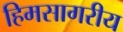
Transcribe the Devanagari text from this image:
हिमसागरीय